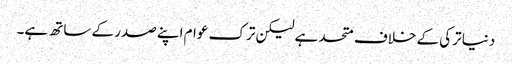
دنیا ترکی کے خلاف متحد ہے لیکن ترک عوام اپنے صدر کے ساتھ ہے۔